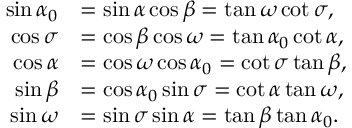
{ \begin{array} { r l } { \sin \alpha _ { 0 } } & { = \sin \alpha \cos \beta = \tan \omega \cot \sigma , } \\ { \cos \sigma } & { = \cos \beta \cos \omega = \tan \alpha _ { 0 } \cot \alpha , } \\ { \cos \alpha } & { = \cos \omega \cos \alpha _ { 0 } = \cot \sigma \tan \beta , } \\ { \sin \beta } & { = \cos \alpha _ { 0 } \sin \sigma = \cot \alpha \tan \omega , } \\ { \sin \omega } & { = \sin \sigma \sin \alpha = \tan \beta \tan \alpha _ { 0 } . } \end{array} }